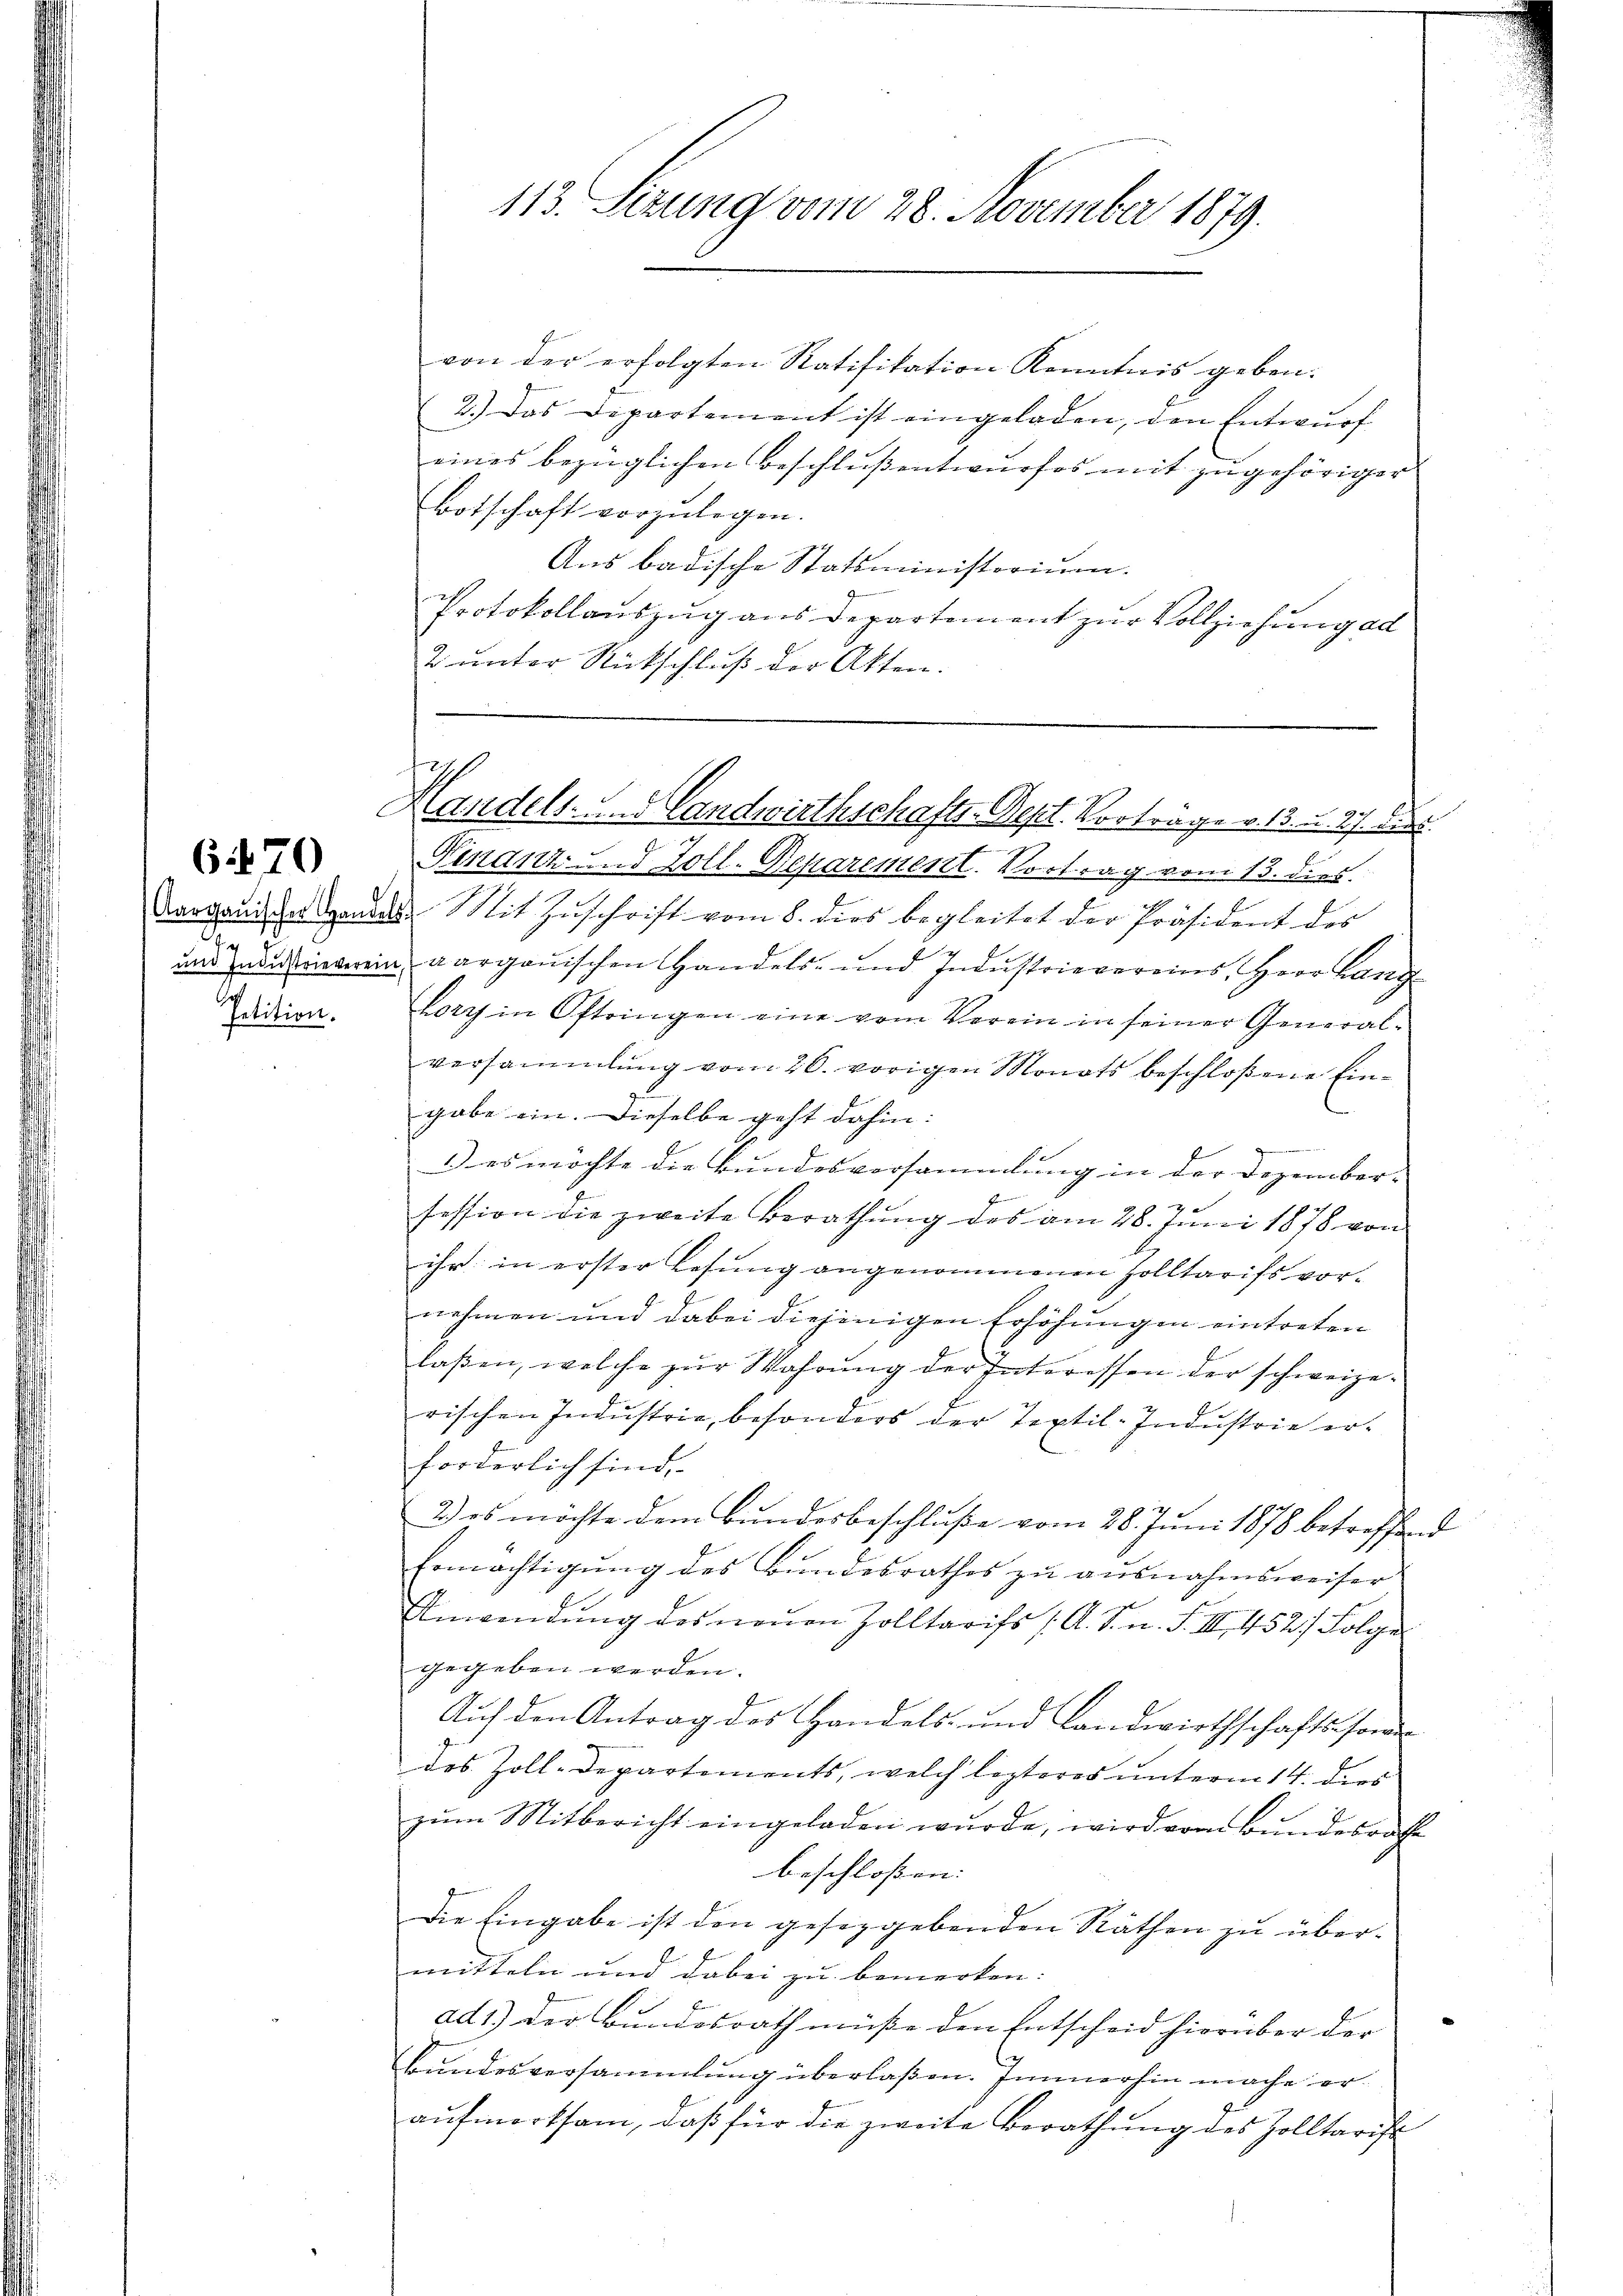
Petition.

6470

113. Sezung vom 28. November 1879.

von der erfolgten Ratifikation Kenntnis geben.
2.) Das Dipartement ist eingeladen, den Entwurf
eines bezüglichen Beschlussentwurfes mit zu gehöriger
Botschaft vorzulegen.
Aus badische Statsministorium.
Protokollauszug aus Departement zur Vollziehung ad
2 unter Rückschluß der Atten.

9.
Handels- und Landwirthschafts-Dept. Vorträge v. 13. u. es dies
I

Pinanz und Zoll-Deparement. Vortrag vom 13. dies
Aarganis der das Mit Zŭschrift vom 8. dies begleitet der Präsident des
und aus einverein aargauischen Handels- und Industrievereins, Herr Lang
Lory in Oftringen eine vom Verein in seiner General-
versammlung vom 26. vorigen Monats beschloßene Eingabe ein. Dieselbe geht dahin:
3 es möchte die Bundesversammlung in der Dezember-
E
session die zweite Berathung des am 28. Juni 1878 von
ihr in erster Lesung angenommenen Zolltarifs vornehmen und dabei diejenigen Erhöhungen eintreten
laßen, welche zur Wahrung der Interessen der schweizerischen Indŭstrie, besonders der Textil-Indŭstrie er-
forderlich sind.
2.) es möchte dem Bundesbeschluße vom 28. Juni 1878 betreffend
Ermächtigung des Bundesrathes zu ausnahmsweiser
Anwendung des neuen Zolltarifs (A. S. n. F. III 452/ Folge
gegeben werden.
Auf den Antrag des Handels- und Landwirthschafts sonder
des Zoll-Departements, welch lezteres unterm 14. dies
zŭm Mitbericht eingeladen wurde, wird vom Bundesrathe
beschloßen:
Die Eingabe ist den gesezgebenden Räthen zu über-
mitteln und dabei zu bemerken:
ad1) der Bundesrath müße den Entscheid hierüber der
Bundesversammlung überlaßen. Immerhin mache eraŭfmerksam, daβ für die zweite Berathŭng des Zolltarist